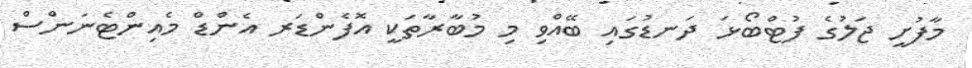
މާފުށީ ޖަލުގެ ފުޓްބޯޅަ ދަނޑުގައި ބޭއްވި މި މުބާރާތަކީ އޮފެންޑަރ އެންޑް މެއިންޓެނަންސް